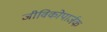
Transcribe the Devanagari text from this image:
जीविकोपार्जक